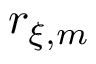
r _ { \xi , m }